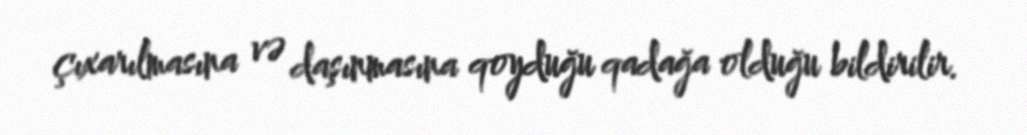
çıxarılmasına və daşınmasına qoyduğu qadağa olduğu bildirilir.